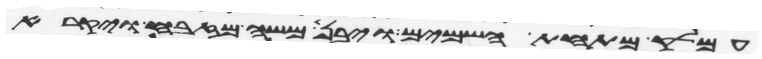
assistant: עמלק מתחת השמים ויבן משה מזבח ויקרא